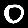
Digit: 0